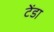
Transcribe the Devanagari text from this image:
टेंडा